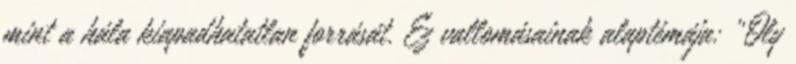
mint a hála kiapadhatatlan forrását. Ez vallomásainak alaptémája: „Oly